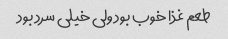
طعم غذا خوب بود ولی خیلی سرد بود